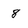
Character: 8